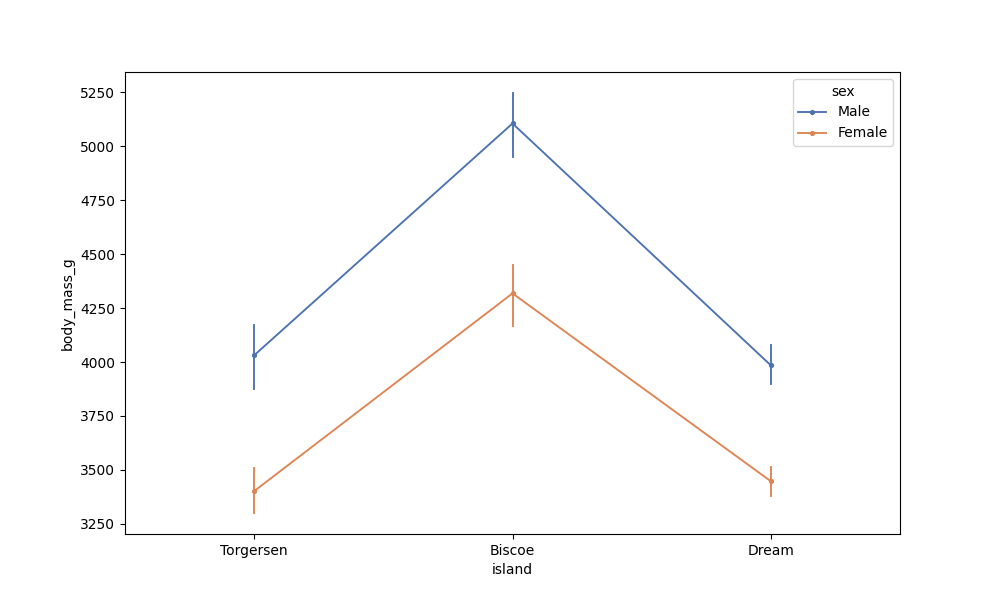
python, seaborn, pointplot, scale=0.5, join=True, hue='sex', palette='deep'